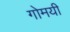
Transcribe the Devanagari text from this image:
गोमयी